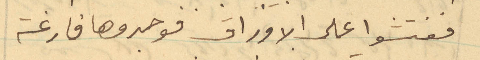
ففتشوا على الاوراق فوجدوها فارغة